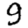
Digit: 9